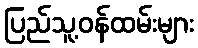
ပြည်သူ့ဝန်ထမ်းများ